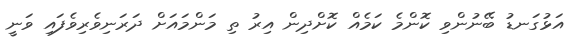
އަޅުގަނޑު ބޭނުންވި ކޮންމެ ކަމެއް ކޮށްދިން އިރު ތި މަންމައަށް ދަރަނިވެރިވެފައި ވަނީ